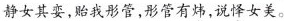
静女其娈，贻我彤管，彤管有炜，说怿女美。